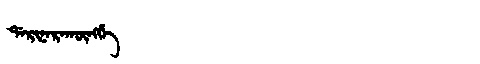
Manchu: ᡩᠠᡵᡳᠨᠠᡵᠠᡴᡡᠩᡤᡝ
Romanization: DARINARAKŪNGGE